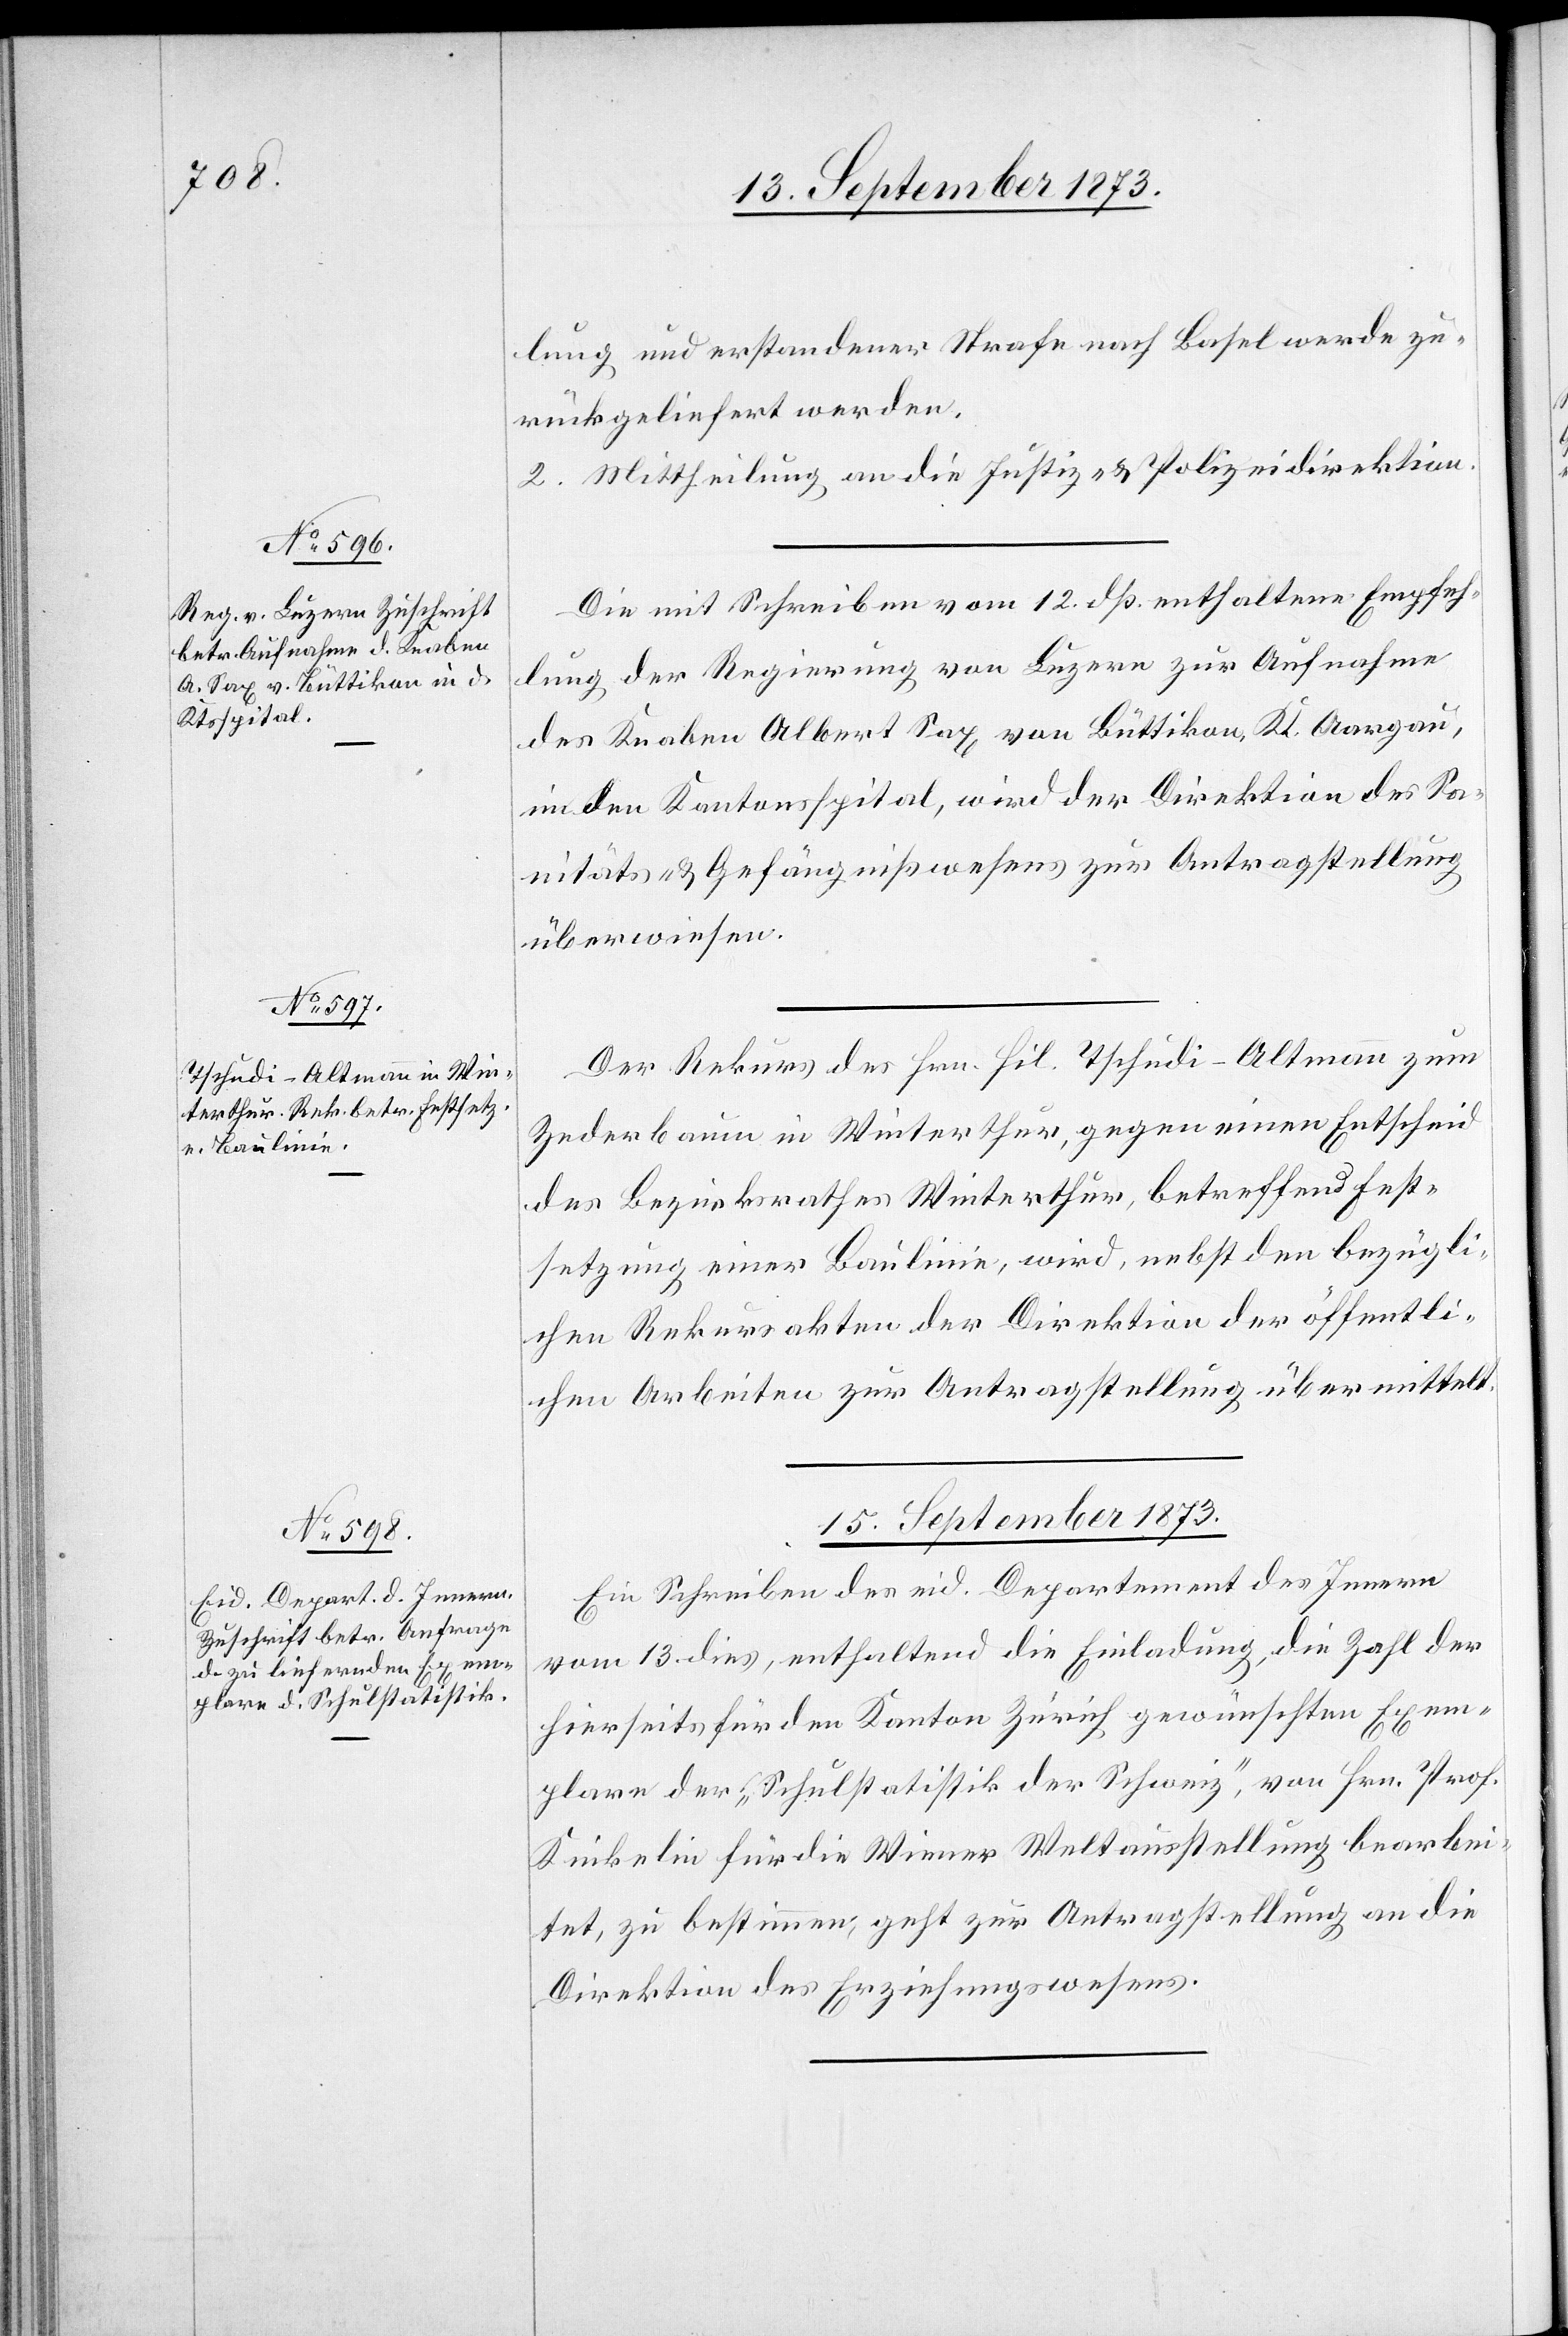
15. September 1873.
lung und erstandener Strafe nach Basel werde zu¬
rückgeliefert werden.
2. Mittheilung an die Justiz- & Polizeidirektion.
Die mit Schreiben vom 12. dß. enthaltene Empfeh¬
lung der Regierung von Luzern zur Aufnahme
des Knaben Albert Sax von Büttikon, Kt. Aargau,
in den Kantonsspital, wird der Direktion des Sa¬
nitäts- & Gefängnißwesens zur Antragstellung
überwiesen.
Der Rekurs des Hrn. Phil. Tschudi-Altmann zum
Zederbaum in Winterthur, gegen einen Entscheid
des Bezirksrathes Winterthur, betreffend Fest¬
setzung einer Baulinie, wird, nebst den bezügli¬
chen Rekursakten der Direktion der öffentli¬
chen Arbeiten zur Antragstellung überwiesen.
Ein Schreiben des eid. Departement des Innern
vom 13. dies, enthaltend die Einladung, die Zahl der
hierseits für den Kanton Zürich gewünschten Exem¬
plare der „Schulstatistik der Schweiz“, von Hrn. Prof.
Kinkelin für die Wiener Weltausstellung bearbei¬
tet, zu bestimmen, geht zur Antragstellung an die
Direktion des Erziehungswesens.